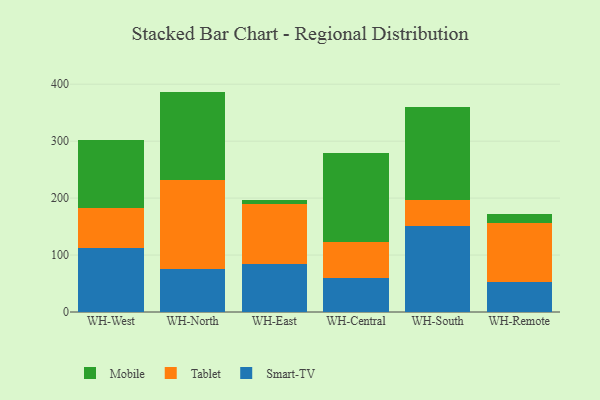
{"axis": {"x": "Warehouse", "y": "LTV (USD)"}, "legend": ["Mobile", "Smart-TV", "Tablet"], "data": [{"x": "WH-West", "y": 112.3, "type": "Smart-TV"}, {"x": "WH-West", "y": 70.8, "type": "Tablet"}, {"x": "WH-West", "y": 119.5, "type": "Mobile"}, {"x": "WH-North", "y": 75.2, "type": "Smart-TV"}, {"x": "WH-North", "y": 157.4, "type": "Tablet"}, {"x": "WH-North", "y": 154.4, "type": "Mobile"}, {"x": "WH-East", "y": 85.0, "type": "Smart-TV"}, {"x": "WH-East", "y": 103.9, "type": "Tablet"}, {"x": "WH-East", "y": 8.0, "type": "Mobile"}, {"x": "WH-Central", "y": 59.6, "type": "Smart-TV"}, {"x": "WH-Central", "y": 63.8, "type": "Tablet"}, {"x": "WH-Central", "y": 155.2, "type": "Mobile"}, {"x": "WH-South", "y": 150.5, "type": "Smart-TV"}, {"x": "WH-South", "y": 46.3, "type": "Tablet"}, {"x": "WH-South", "y": 163.4, "type": "Mobile"}, {"x": "WH-Remote", "y": 53.5, "type": "Smart-TV"}, {"x": "WH-Remote", "y": 103.5, "type": "Tablet"}, {"x": "WH-Remote", "y": 14.5, "type": "Mobile"}]}